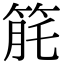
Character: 𥭬